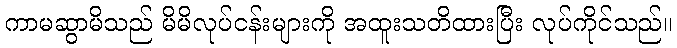
ကာမဆွာမိသည် မိမိလုပ်ငန်းများကို အထူးသတိထားပြီး လုပ်ကိုင်သည်။